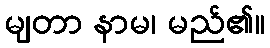
မျတာ နာမ၊ မည်၏။